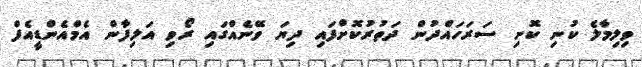
ވިލިމާލެ ކުނި ކޮށި ސަރަހައްދުން ދަތުރުކޮށްފައި ދިޔަ ވޭނެއްގައި ރޯވި އަލިފާން އެމްއެންޑީއެފް